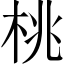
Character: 桃